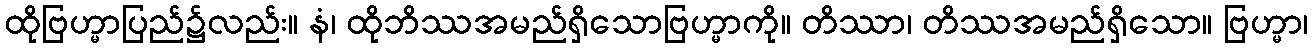
ထိုဗြဟ္မာပြည်၌လည်း။ နံ၊ ထိုဘိဿအမည်ရှိသောဗြဟ္မာကို။ တိဿာ၊ တိဿအမည်ရှိသော။ ဗြဟ္မာ၊